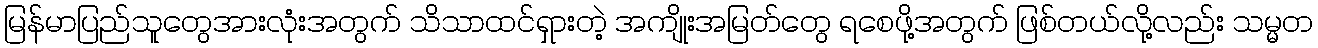
မြန်မာပြည်သူတွေအားလုံးအတွက် သိသာထင်ရှားတဲ့ အကျိုးအမြတ်တွေ ရစေဖို့အတွက် ဖြစ်တယ်လို့လည်း သမ္မတ